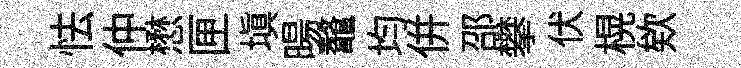
怯仲懋匣塡暘鼇均併邵攀伏榥欸